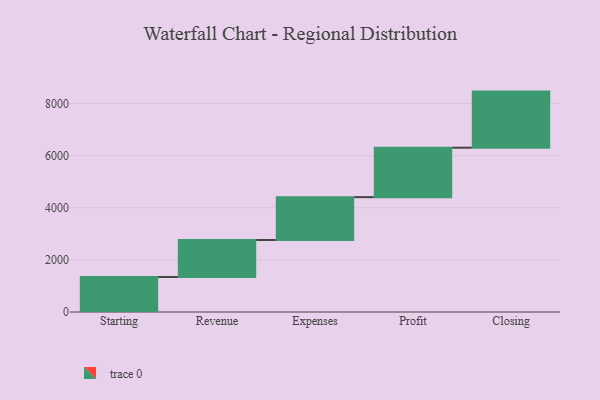
{"axis": {"x": "Step", "y": "Value"}, "legend": [""], "data": [{"x": "Starting", "y": 1342.0, "type": ""}, {"x": "Revenue", "y": 1421.0, "type": ""}, {"x": "Expenses", "y": 1645.0, "type": ""}, {"x": "Profit", "y": 1897.0, "type": ""}, {"x": "Closing", "y": 2153.0, "type": ""}]}